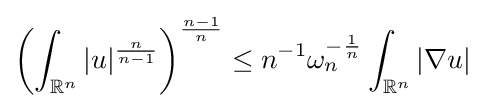
\left(\int _{\mathbb {R} ^{n}}|u|^{\frac {n}{n-1}}\right)^{\frac {n-1}{n}}\leq n^{-1}\omega _{n}^{-{\frac {1}{n}}}\int _{\mathbb {R} ^{n}}|\nabla u|